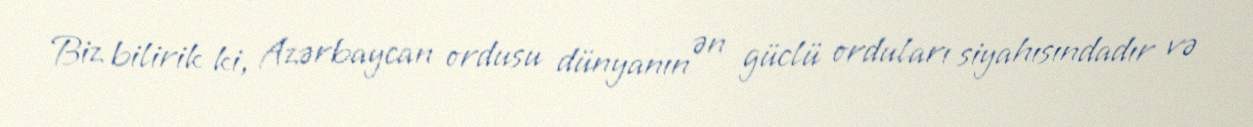
Biz bilirik ki, Azərbaycan ordusu dünyanın ən güclü orduları siyahısındadır və